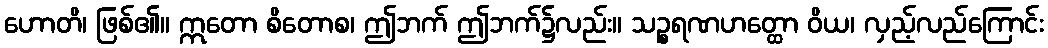
ဟောတိ၊ ဖြစ်၏။ ဣတော စိတောစ၊ ဤဘက် ဤဘက်၌လည်း။ သဉ္စရဏဟတ္ထော ဝိယ၊ လှည့်လည်ကြောင်း